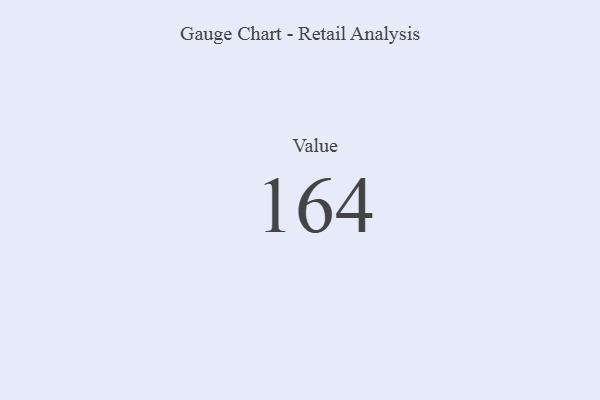
{"axis": {"x": "Metric", "y": "Value"}, "legend": [""], "data": [{"x": "Value", "y": 164, "type": ""}]}